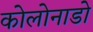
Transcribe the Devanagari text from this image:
कोलोनाडो